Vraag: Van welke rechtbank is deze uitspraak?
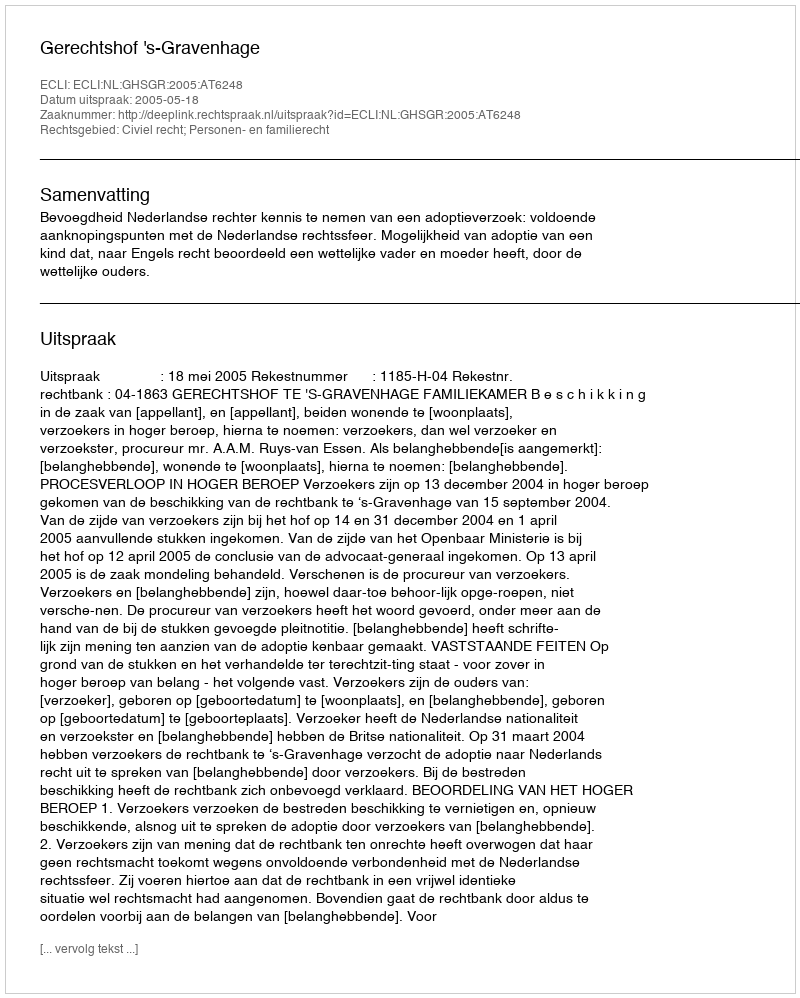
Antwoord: Gerechtshof 's-Gravenhage